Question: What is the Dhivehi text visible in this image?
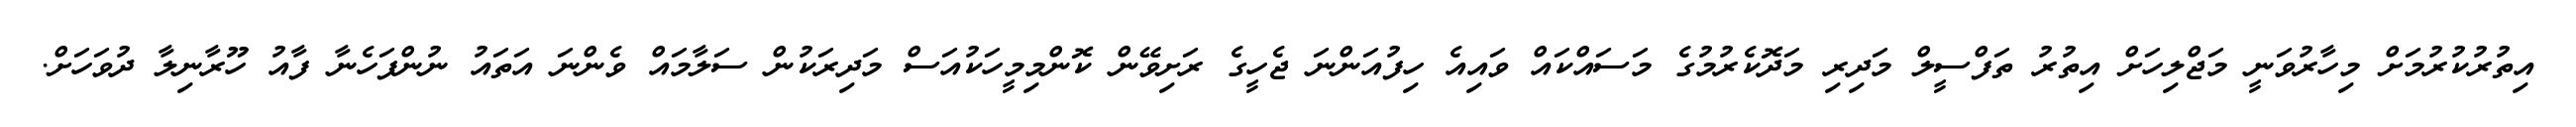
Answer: އިތުރުކުރުމަށް މިހާރުވަނީ މަޖްލިހަށް އިތުރު ތަފްސީލް މަދިރި މަދޮކެރުމުގެ މަސައްކައް ވައިއެ ހިފުއަންނަ ޖެހީގެ ރަށިވޭން ކޮންމިމީހަކުއަސް މަދިރަކުން ސަލާމައް ވެންނަ އަތައު ނުންފަހެނާ ފާއު ހޫރާނިލާ ދުވަހަށް.